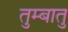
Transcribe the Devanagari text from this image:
तुम्बातु